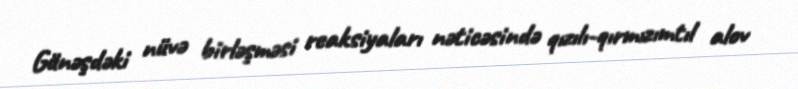
Günəşdəki nüvə birləşməsi reaksiyaları nəticəsində qızılı-qırmızımtıl alov